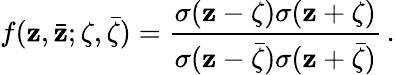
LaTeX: f(\mathbf{z},\bar{{\mathbf{z}}};\zeta,\bar{{\zeta}})={\frac{{\sigma({\mathbf{z}-\zeta})\sigma({\mathbf{z}+\zeta})}}{{\sigma({\mathbf{z}-\bar{{\zeta}}})\sigma({\mathbf{z}+\bar{{\zeta}}})}}}\, .